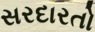
સરદારતો